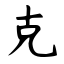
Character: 克